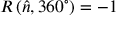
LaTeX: R \left( { \hat { n } } , 3 6 0 ^ { \circ } \right) = - 1